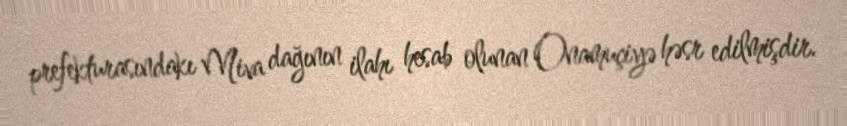
prefekturasındakı Miva dağının ilahı hesab olunan Onamuçiyə həsr edilmişdir.